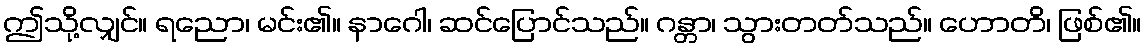
ဤသို့လျှင်။ ရညော၊ မင်း၏။ နာဂေါ၊ ဆင်ပြောင်သည်။ ဂန္တာ၊ သွားတတ်သည်။ ဟောတိ၊ ဖြစ်၏။